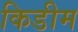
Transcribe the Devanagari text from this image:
किडीम